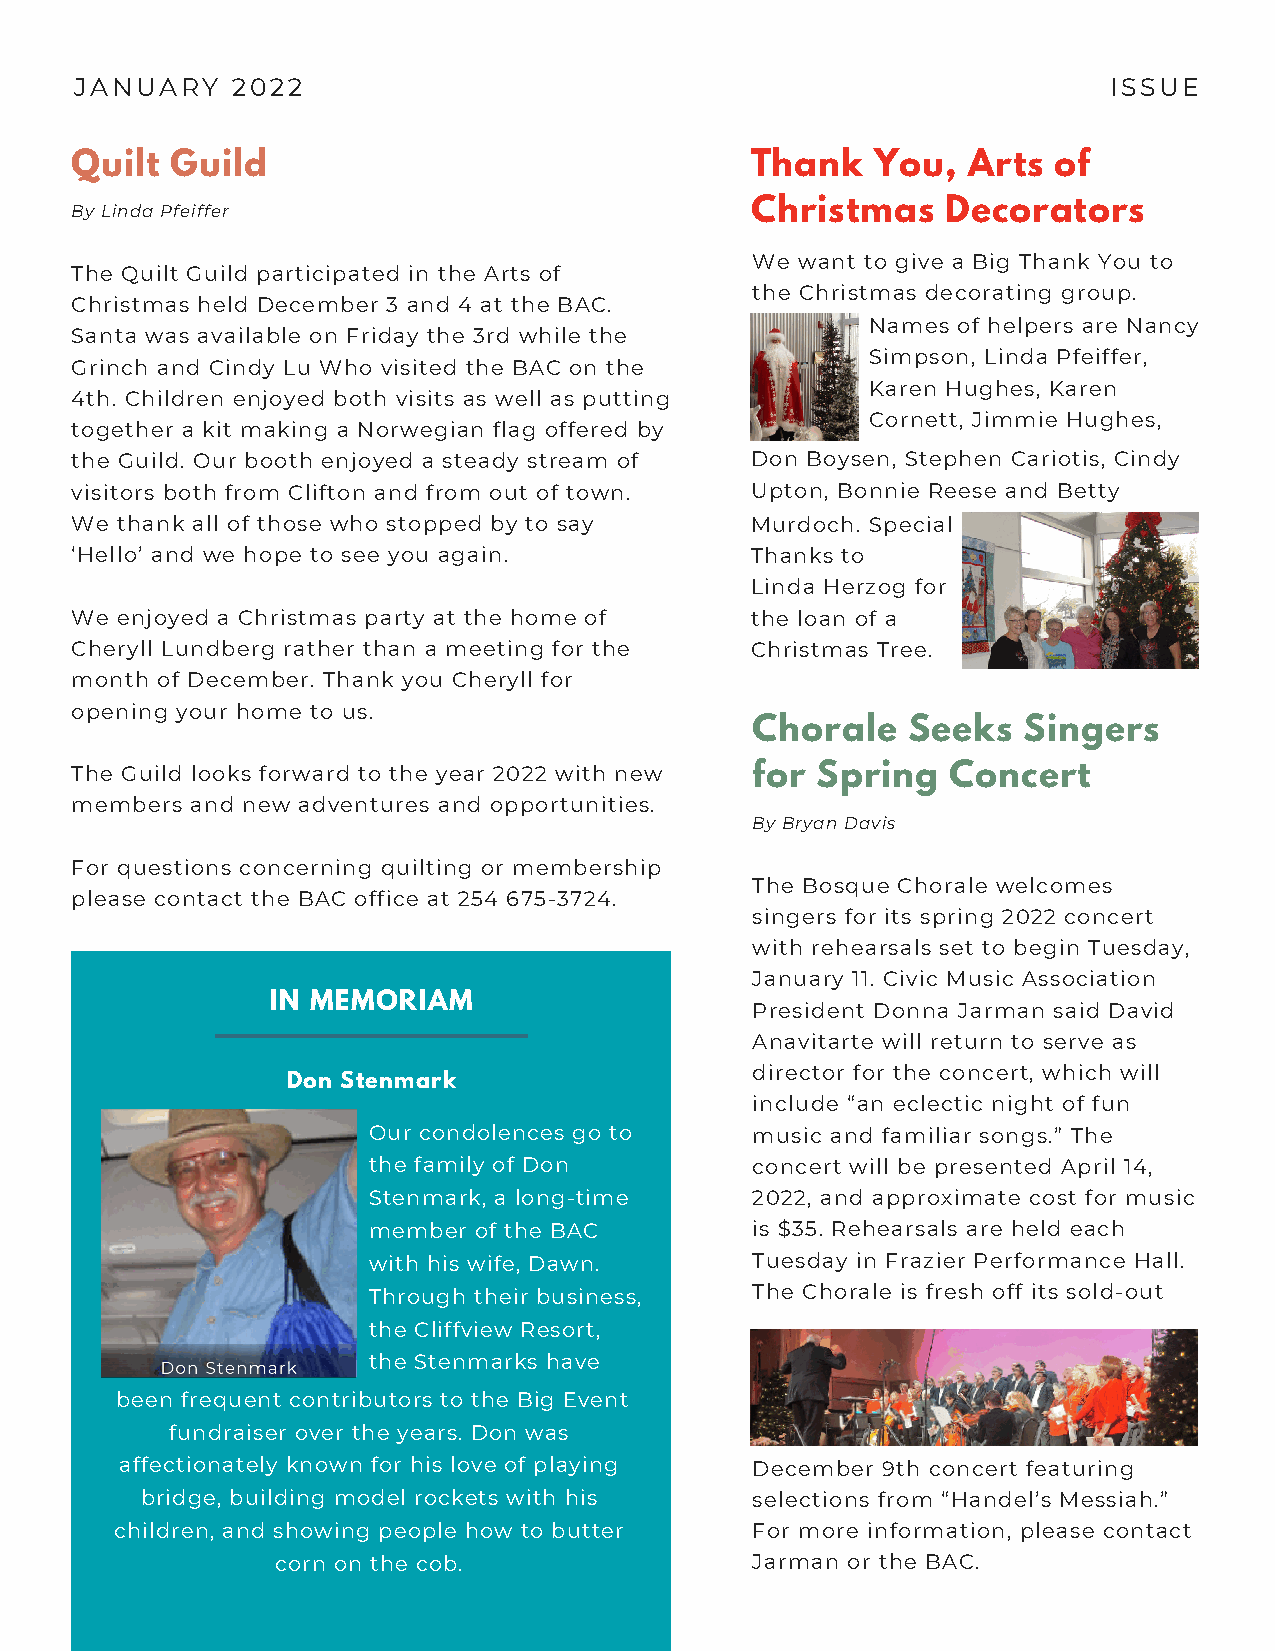
JANUARY   2022                                                      ISSUE
 Quilt Guild                                  Thank   You,  Arts  of
 By Linda Pfeiffer                            Christmas    Decorators
 We want to give a Big Thank You to
 The Quilt Guild participated in the Arts of
 the Christmas decorating group.
 Christmas held December 3 and 4 at the BAC.
 Names of helpers are Nancy
 Santa was available on Friday the 3rd while the
 Simpson, Linda Pfeiffer,
 Grinch and Cindy Lu Who visited the BAC on the
 Karen Hughes, Karen
 4th. Children enjoyed both visits as well as putting
 Cornett, Jimmie Hughes,
 together a kit making a Norwegian flag offered by
 the Guild. Our booth enjoyed a steady stream of Don Boysen, Stephen Cariotis, Cindy
 visitors both from Clifton and from out of town. Upton, Bonnie Reese and Betty
 We thank all of those who stopped by to say  Murdoch. Special
 ‘Hello’ and we hope to see you again.        Thanks to
 Linda Herzog for
 We enjoyed a Christmas party at the home of  the loan of a
 Cheryll Lundberg rather than a meeting for the Christmas Tree.
 month of December. Thank you Cheryll for
 opening your home to us.
 Chorale   Seeks   Singers
 The Guild looks forward to the year 2022 with new for Spring Concert
 members and new adventures and opportunities.
 By Bryan Davis
 For questions concerning quilting or membership
 The Bosque Chorale welcomes
 please contact the BAC office at 254 675-3724.
 singers for its spring 2022 concert
 with rehearsals set to begin Tuesday,
 January 11. Civic Music Association
 IN MEMORIAM
 President Donna Jarman said David
 Anavitarte will return to serve as
 director for the concert, which will
 Don Stenmark
 include “an eclectic night of fun
 Our condolences go to     music and familiar songs.” The
 the family of Don         concert will be presented April 14,
 Stenmark, a long-time     2022, and approximate cost for music
 member of the BAC         is $35. Rehearsals are held each
 with his wife, Dawn.      Tuesday in Frazier Performance Hall.
 Through their business,   The Chorale is fresh off its sold-out
 the Cliffview Resort,
 the Stenmarks have
 been frequent contributors to the Big Event
 fundraiser over the years. Don was
 affectionately known for his love of playing December 9th concert featuring
 bridge, building model rockets with his  selections from “Handel’s Messiah.”
 children, and showing people how to butter For more information, please contact
 corn on the cob.                Jarman or the BAC.